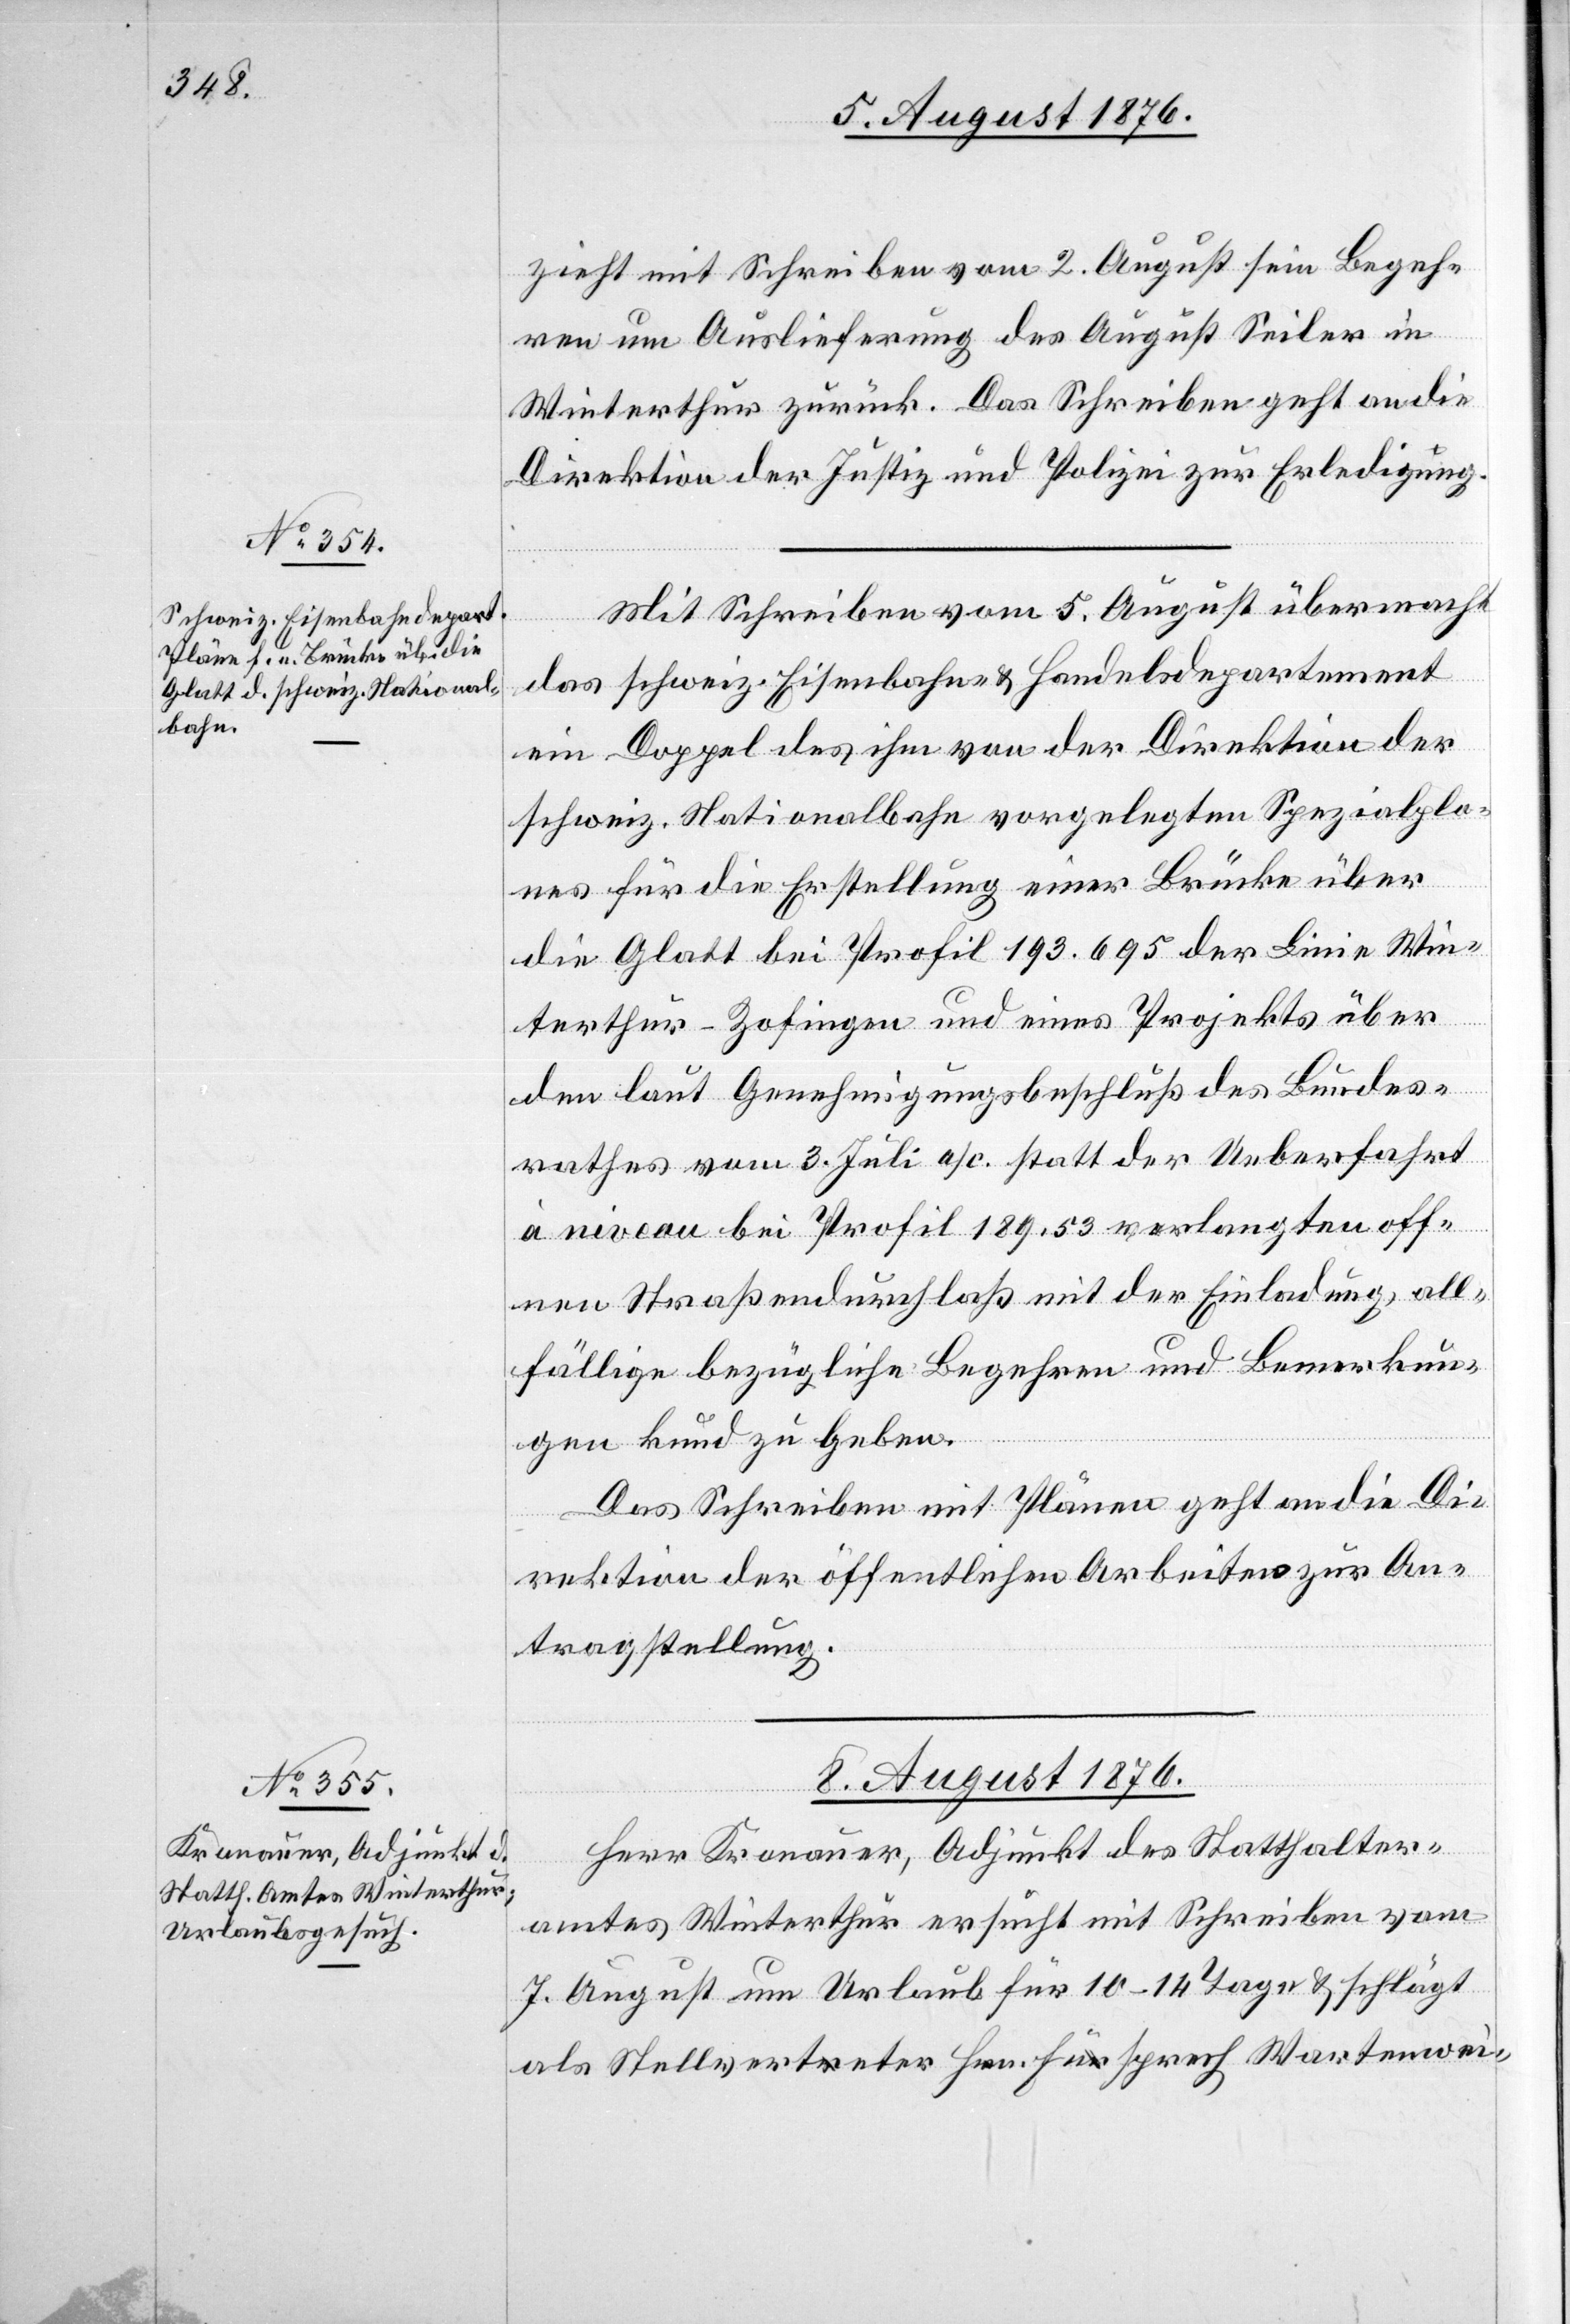
zieht mit Schreiben vom 2. August sein Begeh¬
ren um Auslieferung des August Seiler in
Winterthur zurück. Das Schreiben geht an die
Direktion der Justiz und Polizei zur Erledigung.
Mit Schreiben vom 5. August übermacht
das schweiz. Eisenbahn- & Handelsdepartement
ein Doppel des ihm von der Direktion der
schweiz. Nationalbahn vorgelegten Spezialpla¬
nes für die Erstellung einer Brücke über
die Glatt bei Profil 193.695 der Linie Win¬
terthur–Zofingen und eines Projekts über
den laut Genehmigungsbeschluß des Bundes¬
rathes vom 3. Juli a/c. statt der Ueberfahrt
à niveau bei Profil 189,53 verlangten offe¬
nen Straßendurchlaß mit der Einladung, all¬
fällige bezügliche Begehren und Bemerkun¬
gen kund zu geben.
Das Schreiben mit Plänen geht an die Di¬
rektion der öffentlichen Arbeiten zur An¬
tragstellung.
8. August 1876.
Herr Kronauer, Adjunkt des Statthalter¬
amtes Winterthur ersucht mit Schreiben vom
7. August um Urlaub für 10–14 Tage & schlägt
als Stellvertreter Hrn. Fürsprech Wartenwei-